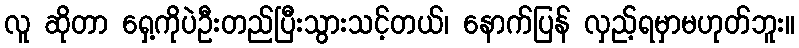
လူ ဆိုတာ ရှေ့ကိုပဲဦးတည်ပြီးသွားသင့်တယ်၊ နောက်ပြန် လှည့်ရမှာမဟုတ်ဘူး။